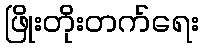
ဖြိုးတိုးတက်ရေး